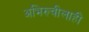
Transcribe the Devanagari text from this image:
अभिरुचीलाही